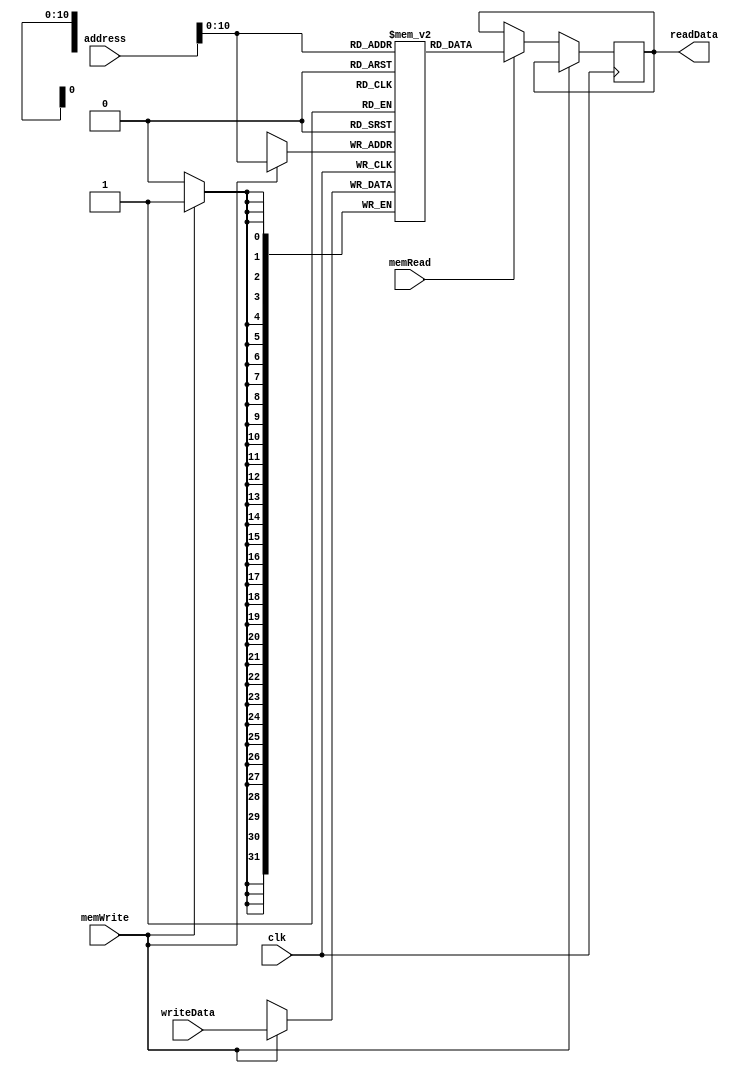

module dataMemory(clk,address,writeData,readData,memWrite,memRead);
input clk;
input [31:0]address;
input [31:0]writeData;
input memWrite;
input memRead;
output reg [31:0]readData;
reg [31:0]Dmemory[0:1024];//modify later if needed
always@ (posedge clk)
begin
if(memWrite)
Dmemory[address]<=writeData;
else if(memRead)
readData<=Dmemory[address];

end
endmodule